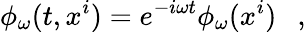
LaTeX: \phi_{\omega}(t,x^{i})=e^{-i\omega t}\phi_{\omega}(x^{i})~~~,